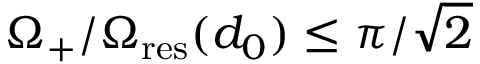
\Omega _ { + } / \Omega _ { \mathrm { r e s } } ( d _ { 0 } ) \leq \pi / \sqrt { 2 }